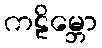
ကဠိမ္ဘော